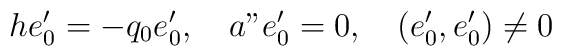
he'_0=-q_0e'_0,\quad a"e'_0=0,\quad (e'_0,e'_0)\neq 0